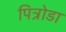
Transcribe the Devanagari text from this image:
पित्रोडा